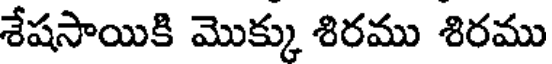
శేషసాయికి మొక్కు శిరము శిరము